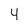
Character: 4